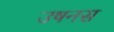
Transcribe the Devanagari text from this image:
उषनस